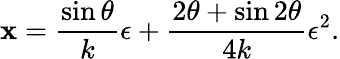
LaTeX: \mathbf{x}=\frac{{\sin\theta}}{{k}}\epsilon+\frac{{2\theta+\sin2\theta}}{{4k}}\epsilon^{2}.